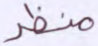
منظر